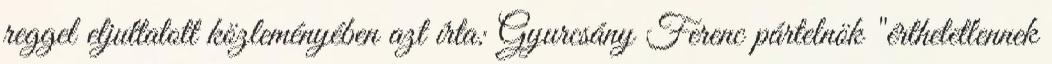
reggel eljuttatott közleményében azt írta: Gyurcsány Ferenc pártelnök "érthetetlennek